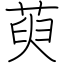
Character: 萸